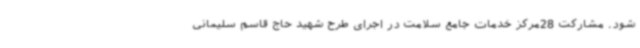
شود. مشارکت 28مرکز خدمات جامع سلامت در اجرای طرح شهید حاج قاسم سلیمانی